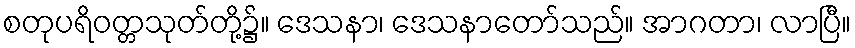
စတုပရိဝတ္တသုတ်တို့၌။ ဒေသနာ၊ ဒေသနာတော်သည်။ အာဂတာ၊ လာပြီ။